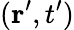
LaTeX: (\mathbf{r}^{\prime},t^{\prime})